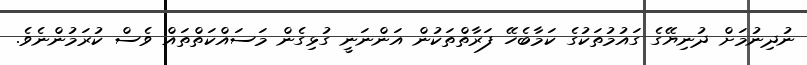
ނުދިނުމަށް ދުނިޔޭގެ ގައުމުތަކުގެ ކަމާބެހޭ ފަރާތްތަކުން އަންނަނީ ގުޅިގެން މަސައްކަތްތައް ވެސް ކުރަމުންނެވެ.